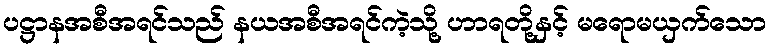
ပဋ္ဌာနအစီအရင်သည် နယအစီအရင်ကဲ့သို့ ဟာရတို့နှင့် မရောမယှက်သော